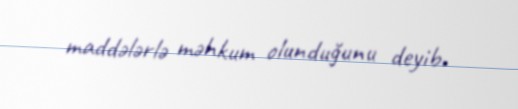
maddələrlə məhkum olunduğunu deyib.